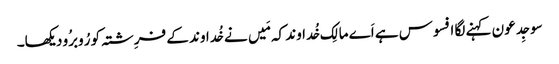
سو جِدعو ن کہنے لگا افسوس ہے اَے مالِک خُداوند کہ مَیں نے خُداوند کے فرِشتہ کو رُوبرُو دیکھا۔